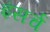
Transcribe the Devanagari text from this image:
इंसर्च